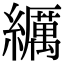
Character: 𦆨